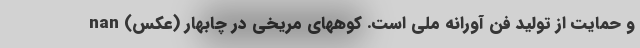
و حمایت از تولید فن آورانه ملی است. کوههای مریخی در چابهار (عکس) nan